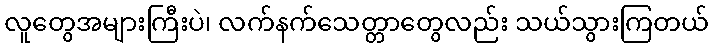
လူတွေအများကြီးပဲ၊ လက်နက်သေတ္တာတွေလည်း သယ်သွားကြတယ်